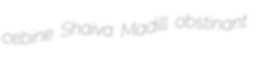
cebine Shaiva Madill obstinant